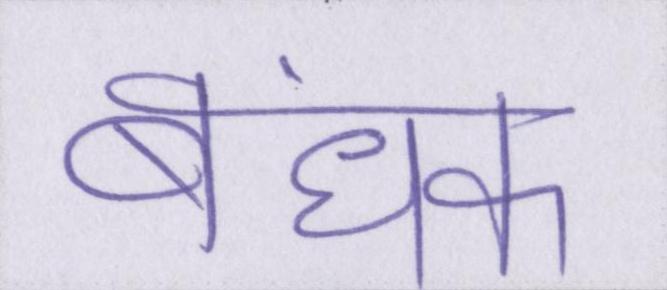
बंधक